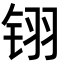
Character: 䦀